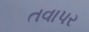
તવાપર